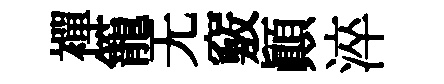
襌籠无竅顚淬